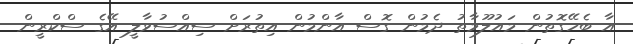
އާ ބެހޭގޮތުން މައުލޫމާތު ދެމުން ގޮސް އާންމުން އިތުރަށް ސިއްސުވާލީ އޭގެ ސްކްރީން